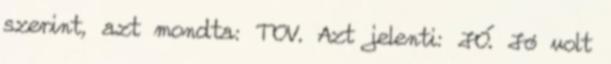
szerint, azt mondta: TOV. Azt jelenti: JÓ. Jó volt